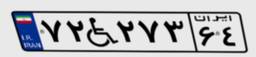
۸۶W۳۵۸۱۵